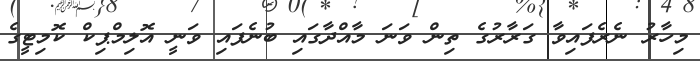
މިހާރު ނެރެފައިވާ ގަރާރުގެ ތިން ވަނަ މާއްދާގައި ބުނެފައި ވަނީ އޮލިމްޕިކް ކޮމިޓީގެ